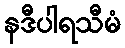
နဒီပါရသီမံ